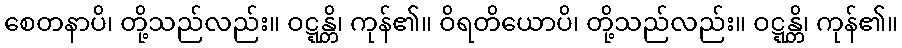
စေတနာပိ၊ တို့သည်လည်း။ ဝဋ္ဋန္တိ၊ ကုန်၏။ ဝိရတိယောပိ၊ တို့သည်လည်း။ ဝဋ္ဋန္တိ၊ ကုန်၏။